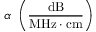
\alpha { \mathrm { ~ } } \left( { \frac { \mathrm { d B } } { { \mathrm { M H z } } \cdot { \mathrm { c m } } } } \right)